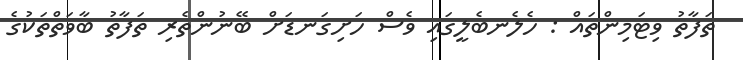
ތަފާތު ވިޓަމިންތައް : ހެލެނބެލީގައި ވެސް ހަށިގަނޑަށް ބޭނުންތެރި ތަފާތު ބާވަތްތަކުގެ